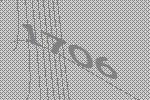
1706